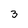
Character: 3